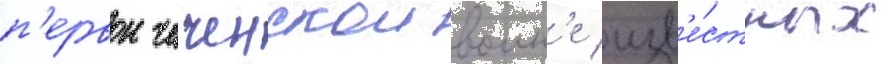
п'ервои чеченскои воин'е изв'е́стных